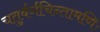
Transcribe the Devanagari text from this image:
चतुर्वर्गचिन्तामणिः